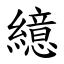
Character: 繶